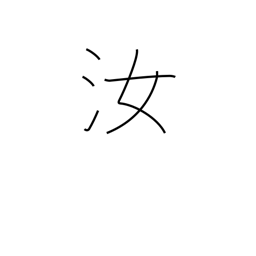
Meaning: you